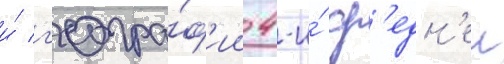
и́ г'еогра́ф'ии 4-и́ ср'едн'еи